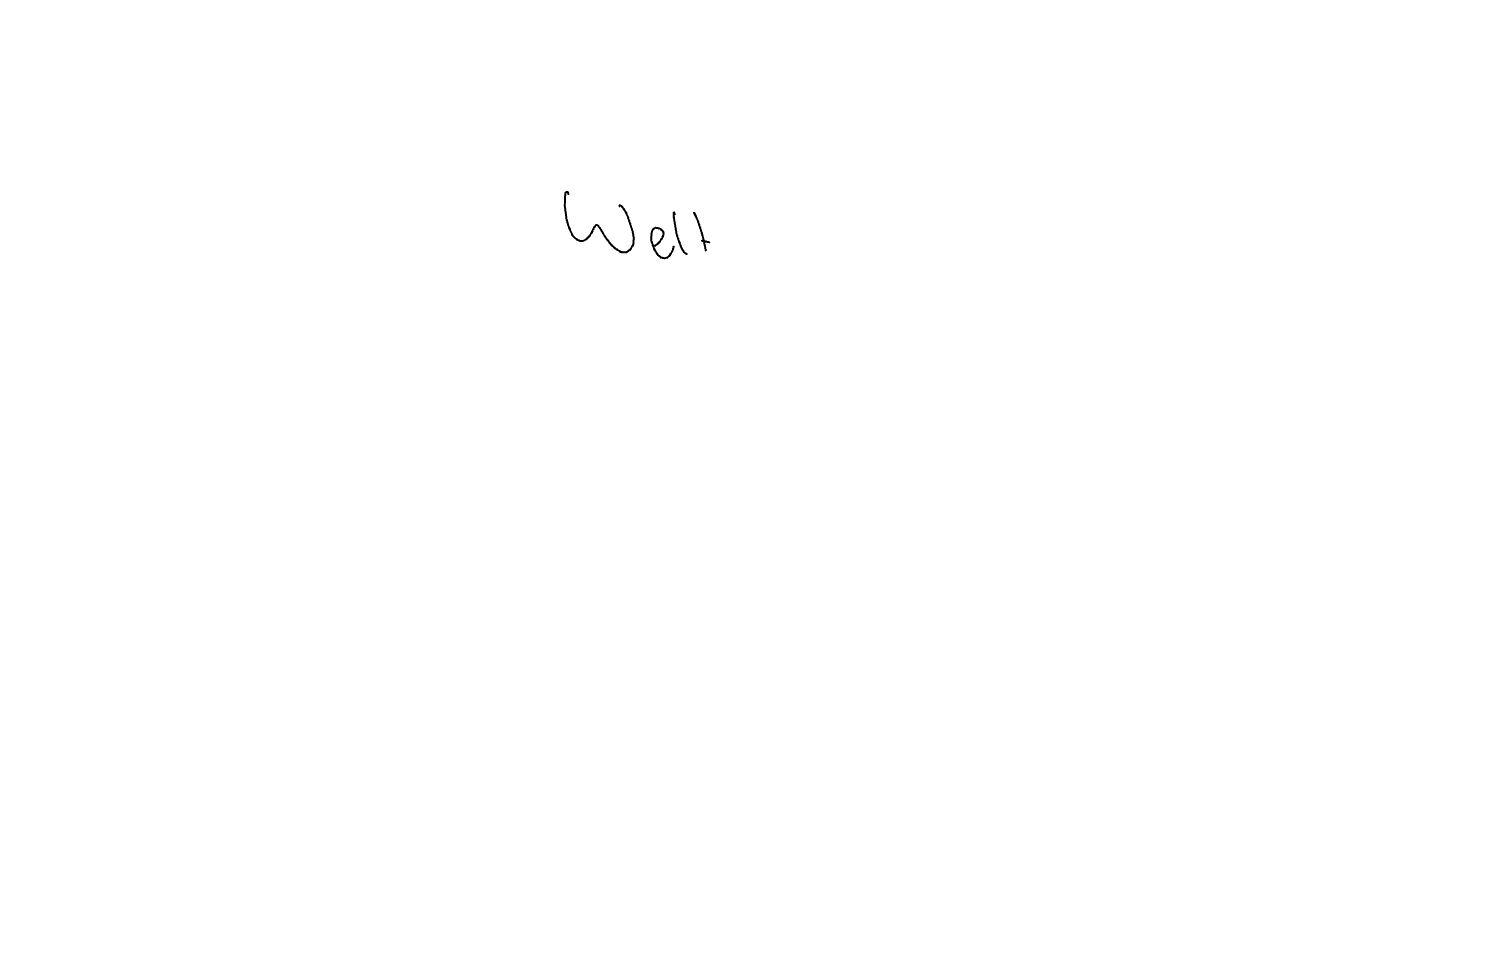
Text: Welt